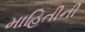
માહિતીની